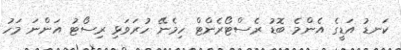
ކަނޑު އަޑީގެ އެންމެ ބޮޑު ރެސްޓޯރެންޓް ހިމެނޭ ހުރަވަޅި ރިސޯޓު އަންނަ މަހު